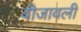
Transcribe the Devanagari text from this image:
बीजावली